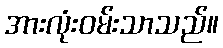
အားလုံးဝမ်းသာသည်။